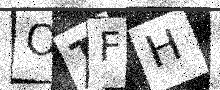
Text: OTFH